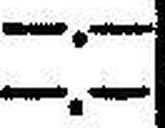
—.—